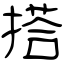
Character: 搭